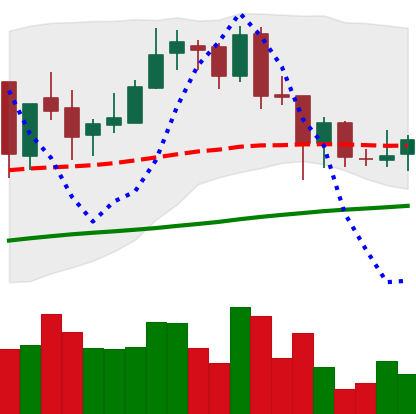
Ticker: BNB-USD
Chart end date: 2018-06-29
Forward return: -3.468%
Label: down_3_5